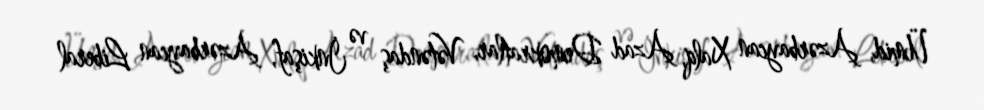
Ümid, Azərbaycan Xalq, Azad Demokratlar, Vətəndaş və İnkişaf, Azərbaycan Liberal